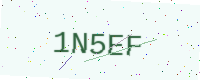
Text: 1N5EF